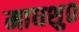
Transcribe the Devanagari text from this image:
माघशु०